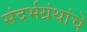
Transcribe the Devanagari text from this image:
संदर्भग्रंथांचे